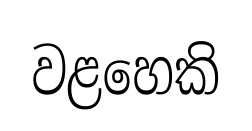
වළහෙකි